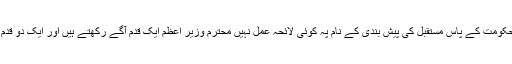
ہر چند حکومت کے پاس مستقبل کی پیش بندی کے نام پہ کوئی لائحہ عمل نہیں محترم وزیر اعظم ایک قدم آگے رکھتے ہیں اور ایک دو قدم پیچھے۔